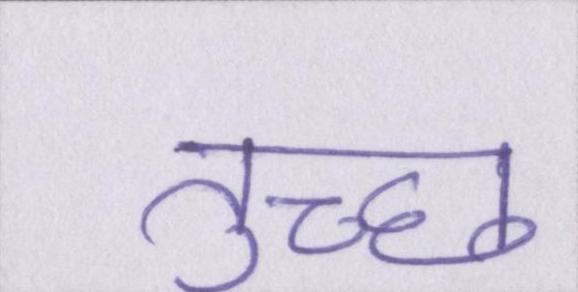
तुच्छ